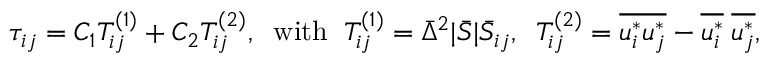
{ \tau _ { i j } } = { C _ { 1 } } T _ { i j } ^ { \left( 1 \right) } + { C _ { 2 } } T _ { i j } ^ { \left( 2 \right) } , \; \; \mathrm { { w i t h } } \; \; T _ { i j } ^ { \left( 1 \right) } = { { \bar { \Delta } } ^ { 2 } } | \bar { S } | { { \bar { S } } _ { i j } } , \; \; T _ { i j } ^ { \left( 2 \right) } = \overline { { u _ { i } ^ { * } u _ { j } ^ { * } } } - \overline { { u _ { i } ^ { * } } } \; \overline { { u _ { j } ^ { * } } } ,